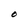
Character: O